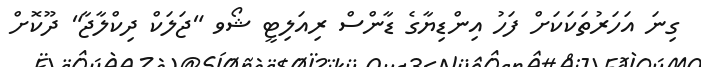
ގިނަ އަހަރުތަކަކަށް ފަހު އިންޑިޔާގެ ޑާންސް ރިއަލިޓީ ޝޯވ "ޖަލަކް ދިކްލާޖާ" ދޫކޮށް